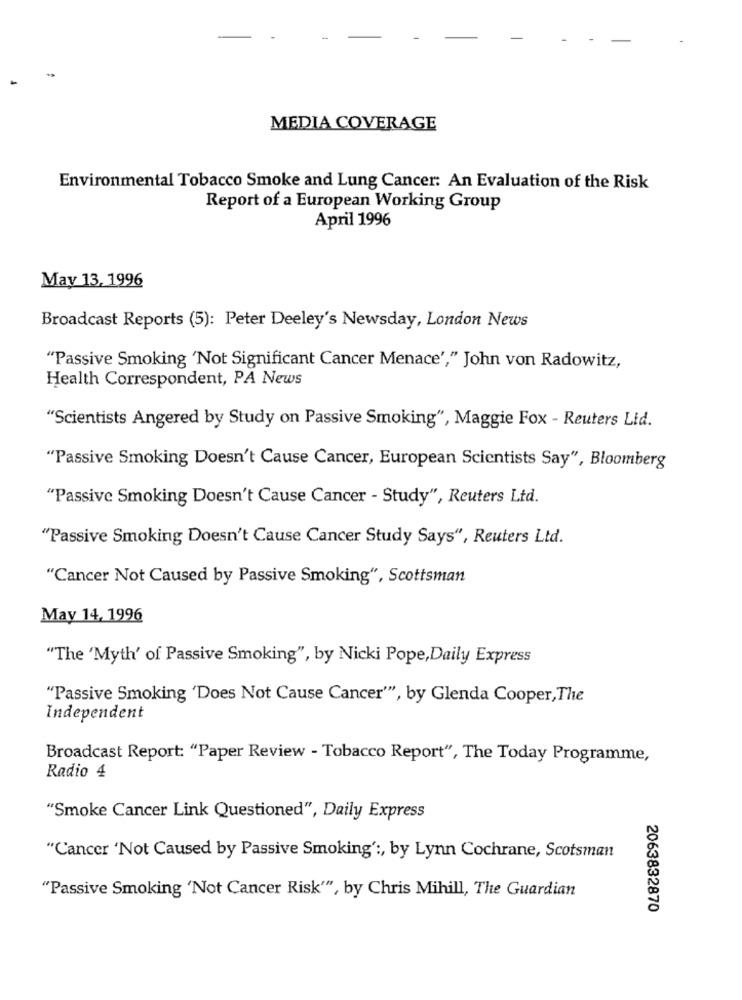
MEDIA COVERAGE
Environmental Tobacco Smoke and Lung Cancer: An Evaluation of the Risk
Report of a European Working Group
April 1996
May 13, 1996
Broadcast Reports (5): Peter Deeley's Newsday, London News
"Passive Smoking 'Not Significant Cancer Menace'," John von Radowitz,
Health Correspondent, PA News
"Scientists Angered by Study on Passive Smoking", Maggie Fox - Reuters Lid.
"Passive Smoking Doesn't Cause Cancer, European Scientists Say", Bloomberg
"Passive Smoking Doesn't Cause Cancer - Study", Reuters Ltd.
"Passive Smoking Doesn't Cause Cancer Study Says", Reuters Ltd.
"Cancer Not Caused by Passive Smoking", Scottsman
May 14, 1996
"The 'Myth' of Passive Smoking", by Nicki Pope, Daily Express
"Passive Smoking 'Does Not Cause Cancer"", by Glenda Cooper, The
Independent
Broadcast Report: "Paper Review - Tobacco Report", The Today Programme,
Radio 4
"Smoke Cancer Link Questioned", Daily Express
"Cancer 'Not Caused by Passive Smoking' :, by Lynn Cochrane, Scotsman
"Passive Smoking 'Not Cancer Risk"", by Chris Mihill, The Guardian
2063832870